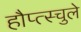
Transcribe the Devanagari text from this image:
हौप्त्स्चुले